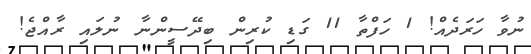
ނުވާ ހަރަދެއް! 1 ހަފްތާ 11 ގަޑި ކުރިން ބިދޭސީންނާ ނުލައި ރާއްޖެ!